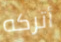
أتركه